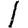
Digit: 1